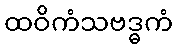
ထဝိကံသဗဒ္ဓကံ